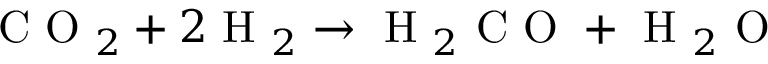
\mathrm { ~ C ~ O ~ } _ { 2 } + 2 \mathrm { ~ H ~ } _ { 2 } \rightarrow \mathrm { ~ H ~ } _ { 2 } \mathrm { ~ C ~ O ~ } + \mathrm { ~ H ~ } _ { 2 } \mathrm { ~ O ~ }